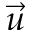
\vec { u }